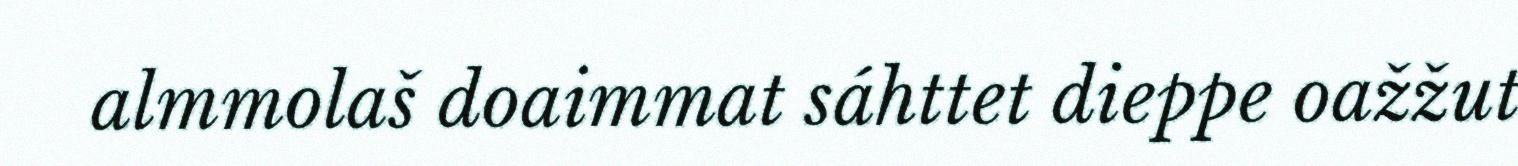
almmolaš doaimmat sáhttet dieppe oažžut